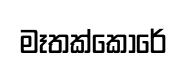
මෑතක්කොරේ